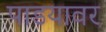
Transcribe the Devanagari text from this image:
पाडयावर